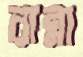
রান্না